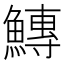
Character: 鱄